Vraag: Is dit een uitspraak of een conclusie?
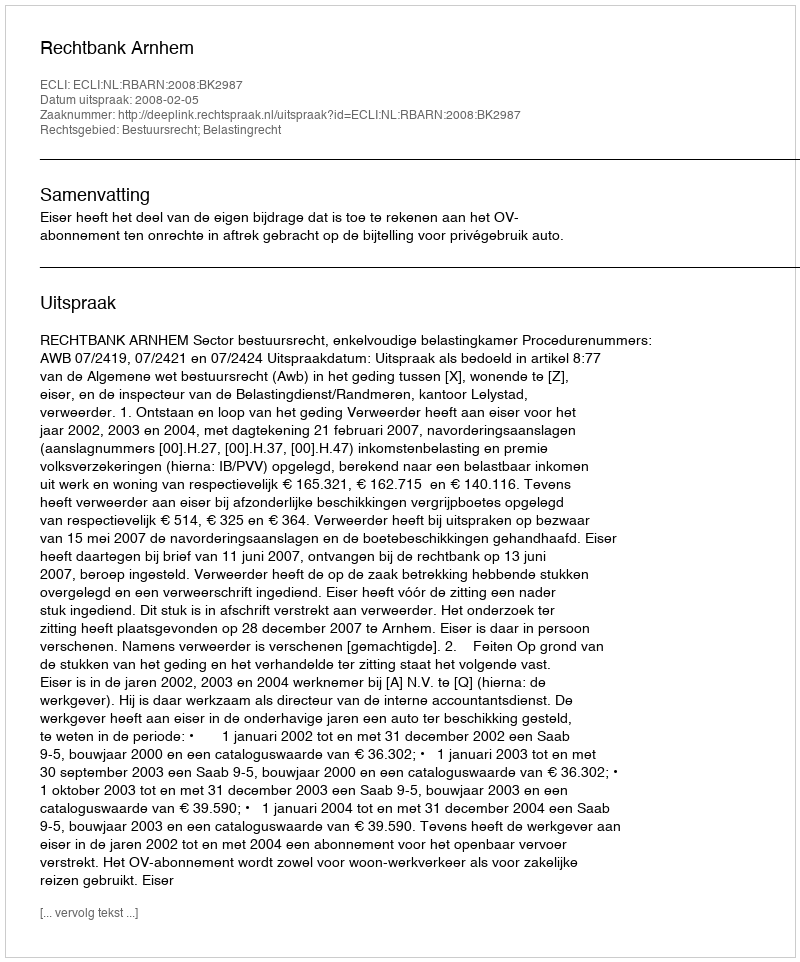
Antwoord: Uitspraak